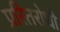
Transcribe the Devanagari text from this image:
प्ररितरोधी